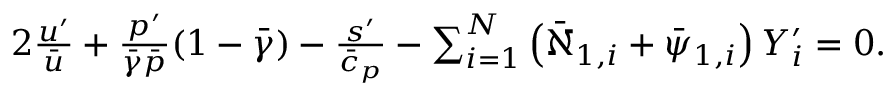
\begin{array} { r } { 2 \frac { u ^ { \prime } } { \bar { u } } + \frac { p ^ { \prime } } { \bar { \gamma } \bar { p } } ( 1 - \bar { \gamma } ) - \frac { s ^ { \prime } } { \bar { c } _ { p } } - \sum _ { i = 1 } ^ { N } \left( \bar { \aleph } _ { 1 , i } + \bar { \psi } _ { 1 , i } \right) Y _ { i } ^ { \prime } = 0 . } \end{array}